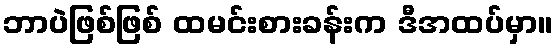
ဘာပဲဖြစ်ဖြစ် ထမင်းစားခန်းက ဒီအထပ်မှာ။